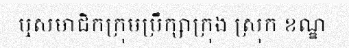
ឬសមាជិកក្រុមប្រឹក្សាក្រុង ស្រុក ខណ្ឌ